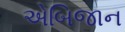
એબિજાન